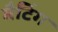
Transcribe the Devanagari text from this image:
मैटिंग